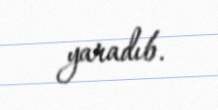
yaradıb.